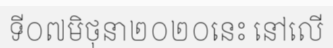
ទី០៧មិថុនា២០២០នេះ នៅលើ